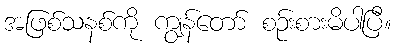
အဖြစ်သနစ်ကို ကျွန်တော် စဉ်းစားမိပါပြီ။